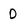
Character: 0